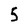
Character: 5